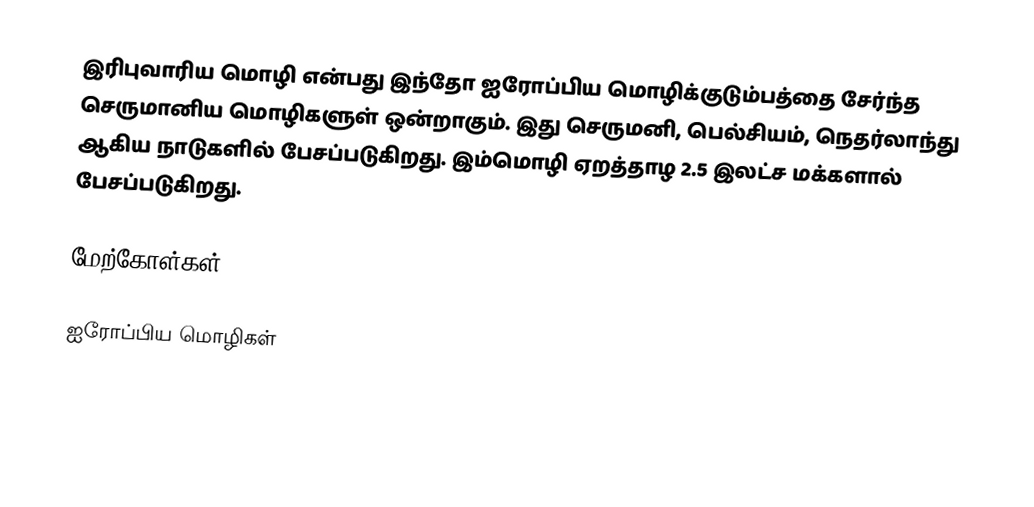
இரிபுவாரிய மொழி என்பது இந்தோ ஐரோப்பிய மொழிக்குடும்பத்தை சேர்ந்த செருமானிய மொழிகளுள் ஒன்றாகும். இது செருமனி, பெல்சியம், நெதர்லாந்து ஆகிய நாடுகளில் பேசப்படுகிறது. இம்மொழி ஏறத்தாழ 2.5 இலட்ச மக்களால் பேசப்படுகிறது.

மேற்கோள்கள்

ஐரோப்பிய மொழிகள்